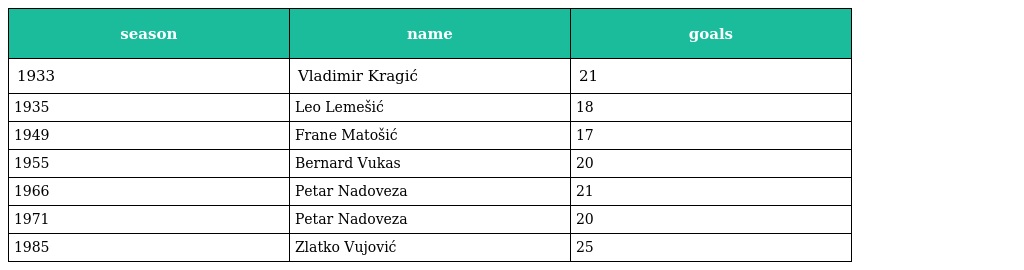
| season | name | goals |
 | --- | --- | --- |
 | 1933 | Vladimir Kragić | 21 |
 | 1935 | Leo Lemešić | 18 |
 | 1949 | Frane Matošić | 17 |
 | 1955 | Bernard Vukas | 20 |
 | 1966 | Petar Nadoveza | 21 |
 | 1971 | Petar Nadoveza | 20 |
 | 1985 | Zlatko Vujović | 25 |